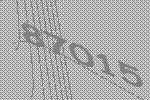
87015